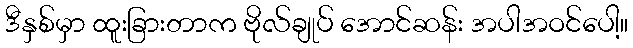
ဒီနှစ်မှာ ထူးခြားတာက ဗိုလ်ချုပ် အောင်ဆန်း အပါအဝင်ပေါ့။